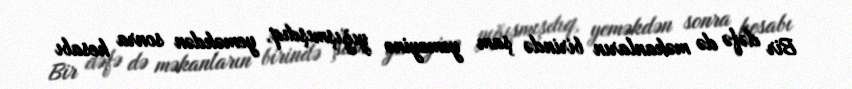
Bir dəfə də məkanların birində şam yeməyinə yığışmışdıq, yeməkdən sonra hesabı